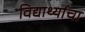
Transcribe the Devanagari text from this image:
विद्यार्थ्याचा